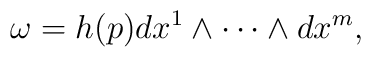
\omega = h(p) dx^1 \wedge \cdots \wedge dx^m,